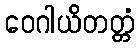
ဝေဂါယိတတ္တံ